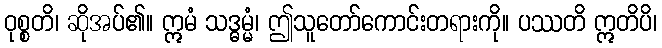
ဝုစ္စတိ၊ ဆိုအပ်၏။ ဣမံ သဒ္ဓမ္မံ၊ ဤသူတော်ကောင်းတရားကို။ ပဿတိ ဣတိပိ၊